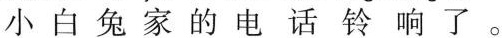
小白兔家的电话铃响了。